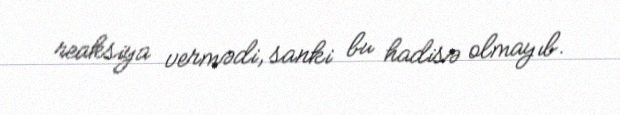
reaksiya vermədi, sanki bu hadisə olmayıb.